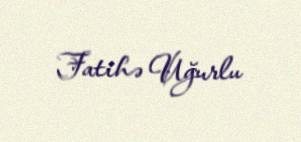
Fatihə Uğurlu